Scottish Leaving Certificate Examination, 1957
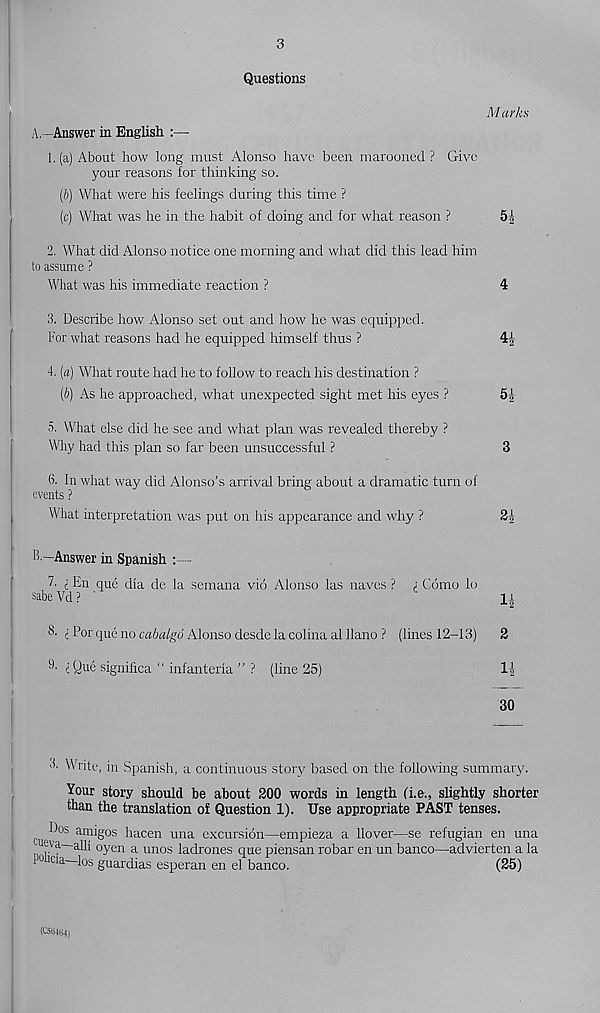
3
Questions
Marks
A.
—Answer in English :—
1.
(a) About how long must Alonso have been marooned? Give
your reasons for thinking so.
(b) What were his feelings during this time ?
(c) What was he in the habit of doing and for what reason ?
51
2. What did Alonso notice one morning and what did this lead him
to assume ?
What was his immediate reaction ?
4
3. Describe how Alonso set out and how he was equipped.
For what reasons had he equipped himself thus ?
4£
4. (a) What route had he to follow to reach his destination ?
(b) As he approached, what unexpected sight met his eyes ?
5£
5. What else did lie see and what plan was revealed thereby ?
Why had this plan so far been unsuccessful ?
3
6. In what way did Alonso’s arrival bring about a dramatic turn of
events ?
What interpretation was put on his appearance and why ?
2^
B.
—Answer in Spanish
; En que dia de la semana vio Alonso las naves ? ; Como lo
sabeVd? '
"
±1
B. ^ For que no cabalgd Alonso desde la colina al llano ? (lines 12-13)
2
9. i Que signihea “ infanteria ” ? (line 25)
la
30
ii - Write, in Spanish, a continuous story based on the following summary.
Your story should be about 200 words in length (i.e., slightly shorter
than the translation of Question 1). Use appropriate PAST tenses.
I?os amigos hacen una excursion—empieza a Hover—se refugian en una
Eva—alii oyen a unos ladrones que piensan robar en un banco—advierten a la
111 lcia —los guardias esperan en el banco.
(25)
(C5G4(i4)